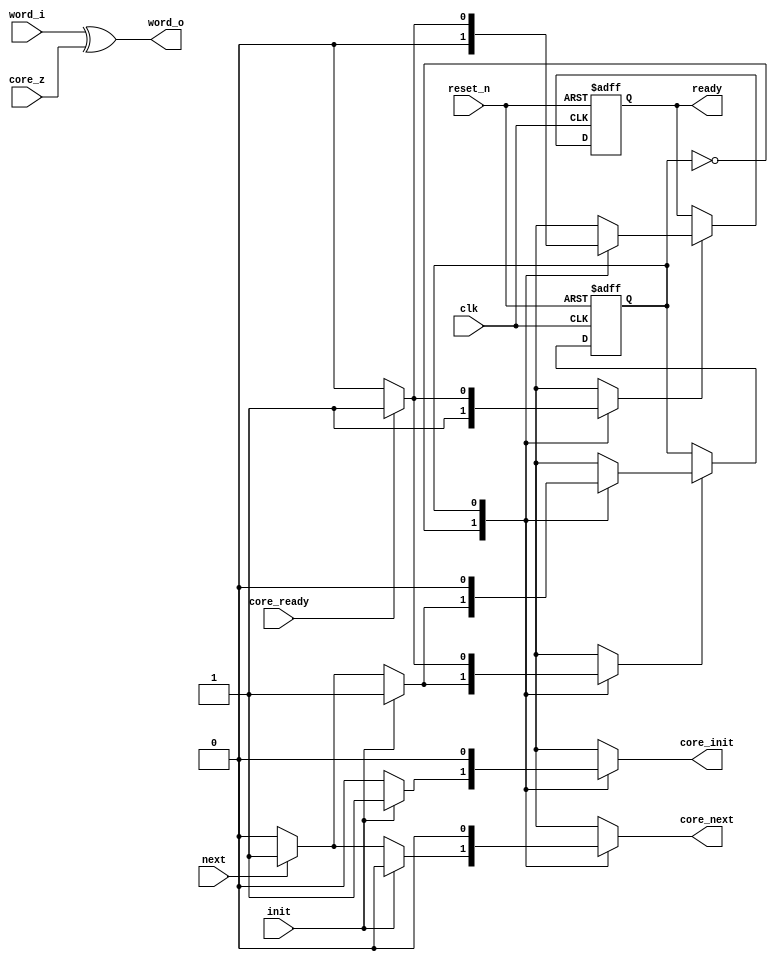
//////////////////////////////////////////////////////////////////////////////////
// Company: 
// 
// Design Name: 
// Module Name: zuc256_ctr_ext
// Project Name: 
// Target Devices: 
// Tool Versions: 
// Description: 
// 
// Dependencies: 
// 
// Revision:
// Revision 0.01 - File Created
// Additional Comments:
// 
//////////////////////////////////////////////////////////////////////////////////

`default_nettype none

module zuc256_ctr_ext(
           input wire            clk,
           input wire            reset_n,
           
           input wire            init,
           input wire            next,
           input wire [31 : 0]   word_i,
           
           input wire [31 : 0]   core_z,
           input wire            core_ready,
           
           output reg            core_init,
           output reg            core_next,
           
           output wire [31 : 0]  word_o,
           output wire           ready
          );
  
  //----------------------------------------------------------------
  // Internal constant and parameter definitions.
  //----------------------------------------------------------------        
  localparam CTRL_IDLE = 1'b0;
  localparam CTRL_COMP = 1'b1;
  
  //----------------------------------------------------------------
  // Registers + update variables and write enable.
  //----------------------------------------------------------------
  reg         ctr_ctrl_reg;
  reg         ctr_ctrl_new;
  reg         ctr_ctrl_we;
  
  reg         ready_reg;
  reg         ready_new;
  reg         ready_we;
 
  //----------------------------------------------------------------
  // Concurrent connectivity for ports etc.
  //----------------------------------------------------------------
  assign ready = ready_reg;

  //----------------------------------------------------------------
  // reg_update
  //
  // Update functionality for all registers in the core.
  // All registers are positive edge triggered with asynchronous
  // active low reset. All registers have write enable.
  //----------------------------------------------------------------
  always @ (posedge clk or negedge reset_n)
    begin: reg_update
      if (!reset_n)
        begin
          ctr_ctrl_reg  <= CTRL_IDLE;
          ready_reg     <= 1'b0;
        end
      else
        begin
          if (ctr_ctrl_we)
            ctr_ctrl_reg <= ctr_ctrl_new;
          if (ready_we)
            ready_reg <= ready_new;
        end
    end // reg_update
    
  //----------------------------------------------------------------
  // XOR between input block and AES-core output block
  //----------------------------------------------------------------
  assign word_o = word_i ^ core_z;
  
  //----------------------------------------------------------------
  // ctr_ctrl
  //
  // Control FSM for ctr.
  //----------------------------------------------------------------
  always @*
    begin: ctr_ctrl
      ready_new    = 1'b0;
      ready_we     = 1'b0;
      ctr_ctrl_new = CTRL_IDLE;
      ctr_ctrl_we  = 1'b0;
      
      core_init    = 1'b0;
      core_next    = 1'b0;
      
      case (ctr_ctrl_reg)
        CTRL_IDLE:
          begin
            ready_new = 1'b0;
            ready_we  = 1'b1;
            if (init)
              begin
                ctr_ctrl_new = CTRL_COMP;
                ctr_ctrl_we  = 1'b1;
                core_init    = 1'b1;
              end
            else if (next)
              begin
                ctr_ctrl_new = CTRL_COMP;
                ctr_ctrl_we  = 1'b1;
                core_next    = 1'b1;
              end
          end
        CTRL_COMP:
          begin
            if (core_ready)
              begin
                ctr_ctrl_new = CTRL_IDLE;
                ctr_ctrl_we  = 1'b1;
                ready_new    = 1'b1;
                ready_we     = 1'b1;
              end
          end
        default: 
          begin
        
          end
        endcase // case (ctr_ctrl_reg)
        
      end // ctr_ctrl
  
endmodule // ctr